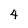
Character: 4